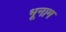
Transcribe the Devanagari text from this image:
भूनाम